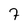
Character: 7